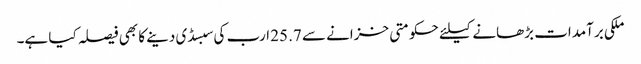
ملکی برآمدات بڑھانے کیلئے حکومتی خزانے سے 25.7 ارب کی سبسڈی دینے کا بھی فیصلہ کیا ہے۔